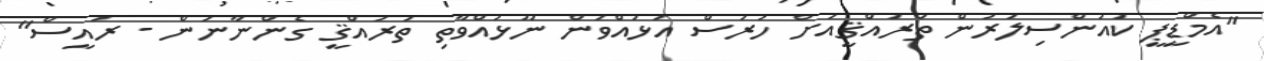
"އެމްޑީޕީ ކައުންސިލަރުން ތަރައްޤީއަށް ހުރަސް އަޅުއްވަން ނޫޅުއްވާތި ތަރައްޤީ ގެންނާނަން - ރައީސް"